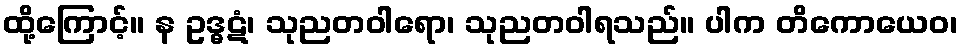
ထို့ကြောင့်။ န ဥဒ္ဓဋံ၊ သုညတဝါရော၊ သုညတဝါရသည်။ ပါက တိကောယေဝ၊